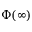
\Phi ( \infty )